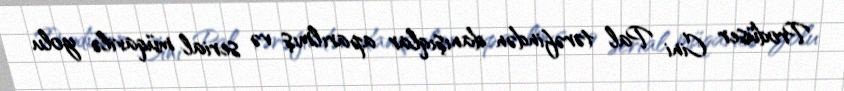
Prodüser Cini Pal tərəfindən danışıqlar aparılmış və serial müqavilə yolu